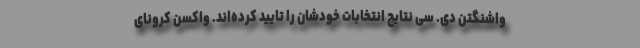
واشنگتن دی. سی نتایج انتخابات خودشان را تایید کرده‌اند. واکسن کرونای